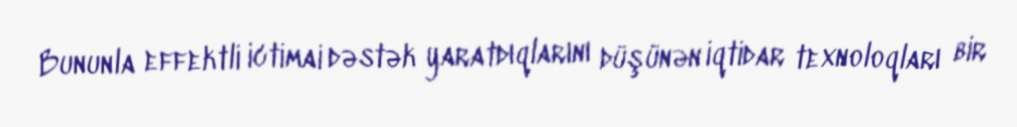
Bununla effektli ictimai dəstək yaratdıqlarını düşünən iqtidar texnoloqları bir